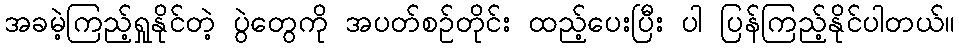
အခမဲ့ကြည့်ရှုနိုင်တဲ့ ပွဲတွေကို အပတ်စဉ်တိုင်း ထည့်ပေးပြီး ပါ ပြန်ကြည့်နိုင်ပါတယ်။